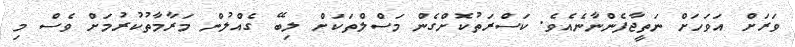
ވަރަށް އަވަހަށް ނަތީޖާފެންނާނެއެވެ. ކަސްރަތުކޮށްގެން މަސްލްތަކަށް ލިބޭ ގެއްލުން މަރާމާތުކުރުމަށް ވެސް މި